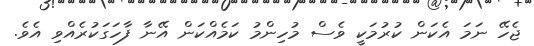
ޖެހޭ ނަމަ އެކަން ކުރުމަކީ ވެސް މުހިންމު ކަމެއްކަން އޭނާ ފާހަގަކުރެއްވި އެވެ.